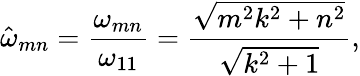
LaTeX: \hat{\omega}_{mn}=\frac{\omega_{mn}}{\omega_{11}}=\frac{\sqrt{m^{2}k^{2}+n^{2}}}{\sqrt{k^{2}+1}},